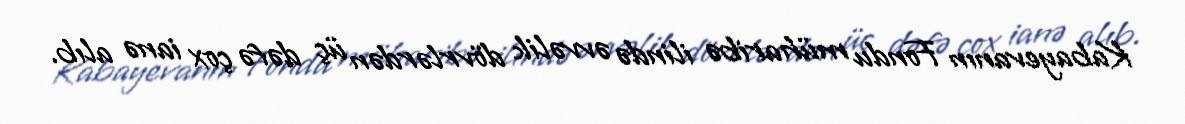
Kabayevanın Fondu müharibə ilində əvvəlik dövrlərdən üç dəfə çox ianə alıb.